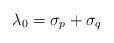
LaTeX: \begin{align*}\lambda_0 = \sigma_p + \sigma_q\end{align*}